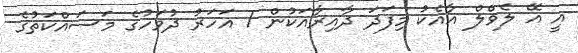
އީ އޭ ލެވްލް އާއެކު މިފަދަ ދާއިރާއަކުން 1 އަހަރު ދުވަހުގެ މަސައްކަތުގެ